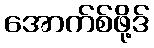
အောက်စ်ဖို့ဒ်